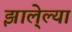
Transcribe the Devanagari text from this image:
झाले्ल्या